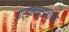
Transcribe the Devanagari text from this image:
डार्डेनेल्झच्या